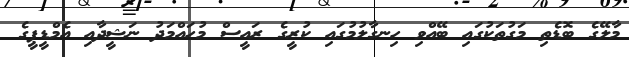
މާލޭގެ ބޮޑެތި މަގުތަކުގައި ބޭއްވި ހިނގާލުމުގައި ކުރީގެ ރައީސް މުހައްމަދު ނަޝީދާއި އެމްޑީޕީގެ